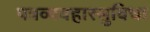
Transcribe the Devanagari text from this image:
पत्रव्यवहारसुविधा